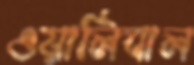
ওয়ালিবাল